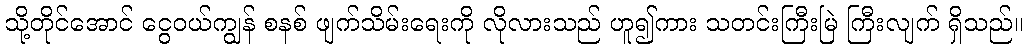
သို့တိုင်အောင် ငွေဝယ်ကျွန် စနစ် ဖျက်သိမ်းရေးကို လိုလားသည် ဟူ၍ကား သတင်းကြီးမြဲ ကြီးလျက် ရှိသည်။